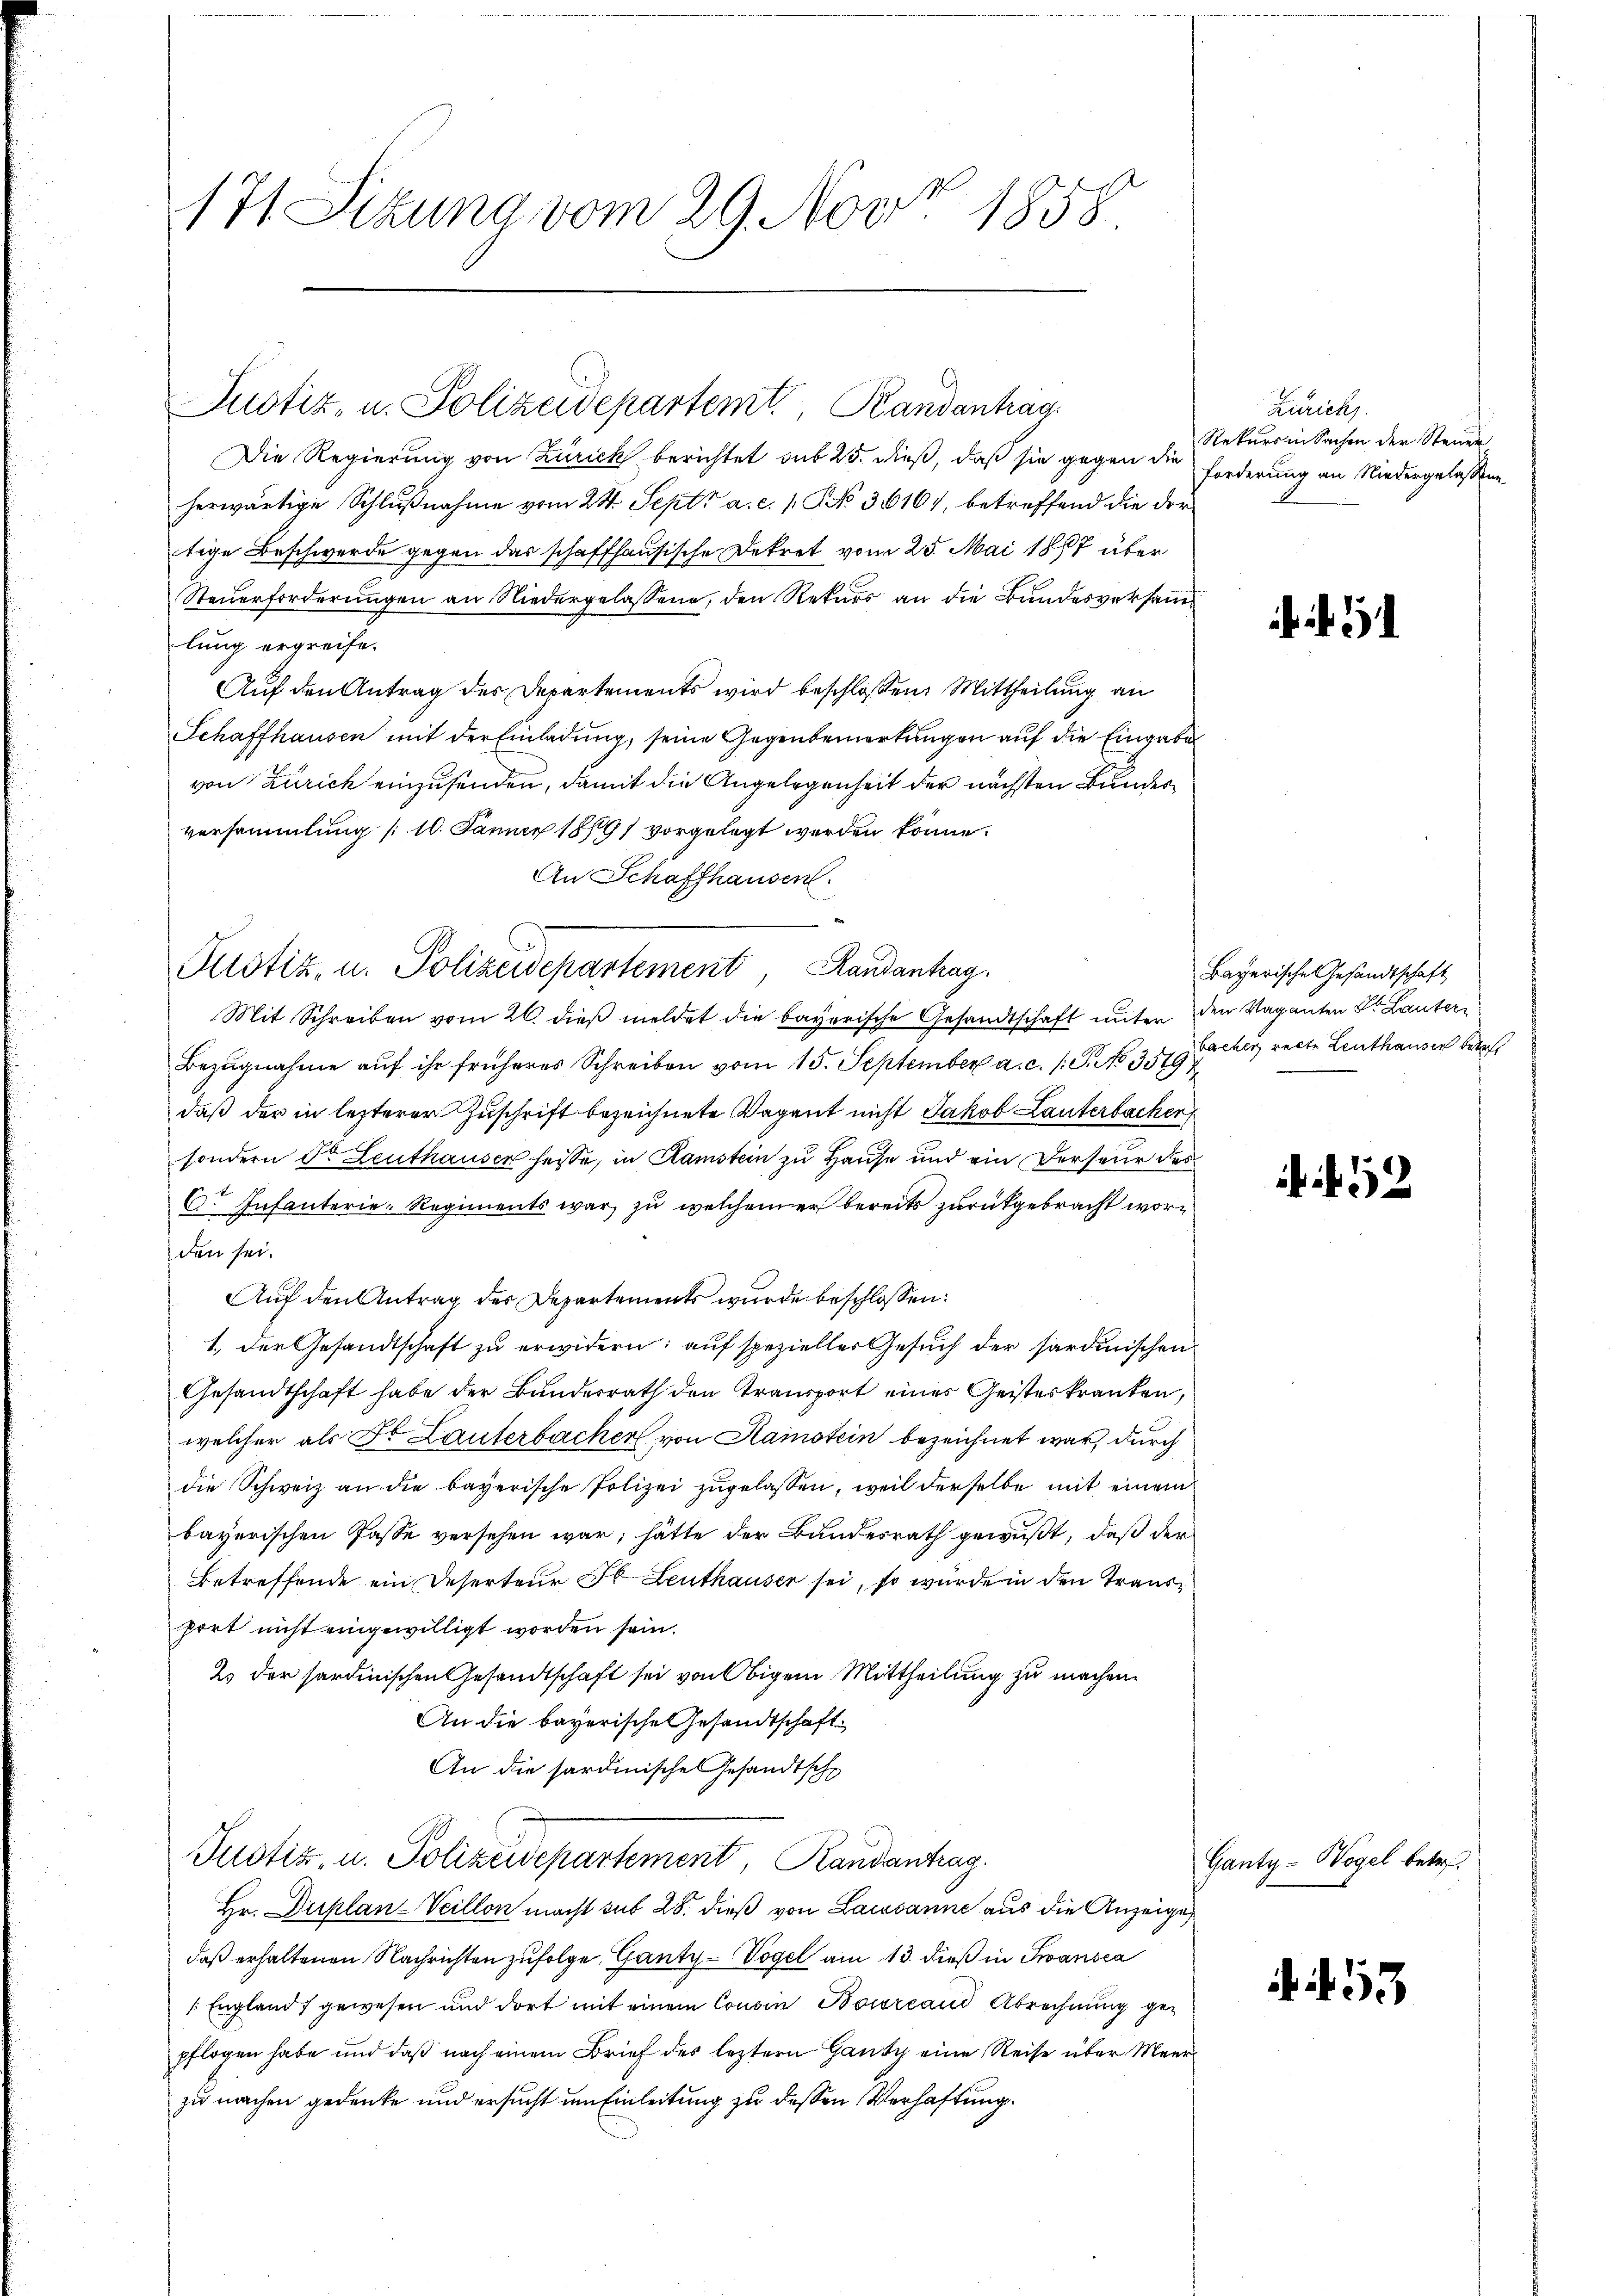
7t Sitzung vom 29. Nov 1858

Die Regierung von Zürick berichtet sub 25. dieß, daß sie gegen die
herwärtige Schlußnahme vom 24. Sept. a. c. / NNo. 36161, betreffend die der
tige Beschwerde gegen das schaffhausische Dekret vom 25. Mai 1867 über
Steuerforderungen an Niedergelassene, den Rekurs an die Bundesversamlung ergreife.
Auf den Antrag des Departements wird beschlossen: Mittheilung an
Schaffhausen mit der Einladung, seine Gegenbemerkungen auf die Eingabe
von Zürich einzusenden, damit die Angelegenheit der nächsten Bundesversammlung /10. Jänner 1891 vorgelegt werden könne.
An Schaffhausen.

Justiz- u. Polizeidepartemt Randantrag

Potiz, u. Polizeidepartement, Randantrag.

Zürich
Rekurs in Sachen der Steuer
Forderung an Niedergelassene

Mit Schreiben vom 26. dieß meldet die bayerische Gesandtschaft unter den Vaganten Dr. Lauter
Bezugnahme auf ihr früheres Schreiben vom 15. September a. c. s. S. NNo. 351. Escher recte Leuthausen betref
daß der in lezterer Zuschrift bezeichnete Vagant nicht Jakob Lauterbachen
sondern Dr. Leuthauser heisse, in Samstein zu Hause und ein Derseur des
x
C. Infanterie-Regiments war, zu welchem er bereits zurückgebracht worden sei.
Auf den Antrag der Departements wurde beschlossen:
1. der Gesandtschaft zŭ erwidern: auf spezieller Gesŭch der sardinischen
Gesandtschaft habe der Banderrath den Transport eines Geisteskranken,
welcher als Fr. Lauterbacher von Samstein bezeichnet war, durch
die Schweiz an die bayerische Polizei zugelassen, weil derselbe mit einem
bayerischen Casse versehen war, hätte der Bundesrath gewußt, daß der
Betreffende ein Deserteur St. Leuthauser sei, so wurde in den Traus
port nicht eingewilligt worden sein.
2. der sardinischen Gesandtschaft sei von Obigem Mittheilung zu machen.
An die bayerische Gesandtschaft
An die sardinische Gesandtsche
Justiz, u. Polizeidepartement, Randantrag.
Hr. Duplan-Veillon macht sub 28. dieß von Lausanne aus die Anzeige
daß erhaltenen Nachrichten zufolge, Gantz - Vogel am 13. dieß in Transca
England, gewesen und dort mit einem Consin Bocreand Abrechnung gepflogen habe und daß nach einem Brief des leztern Gantz eine Reise über Meerzu machen gedenke und ersucht um Einleitung zu dessen Verhaftung

Bayerische Gesandtschaft

52

Ganty-Wogel betr.

453